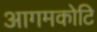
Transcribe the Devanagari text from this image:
आगमकोटि